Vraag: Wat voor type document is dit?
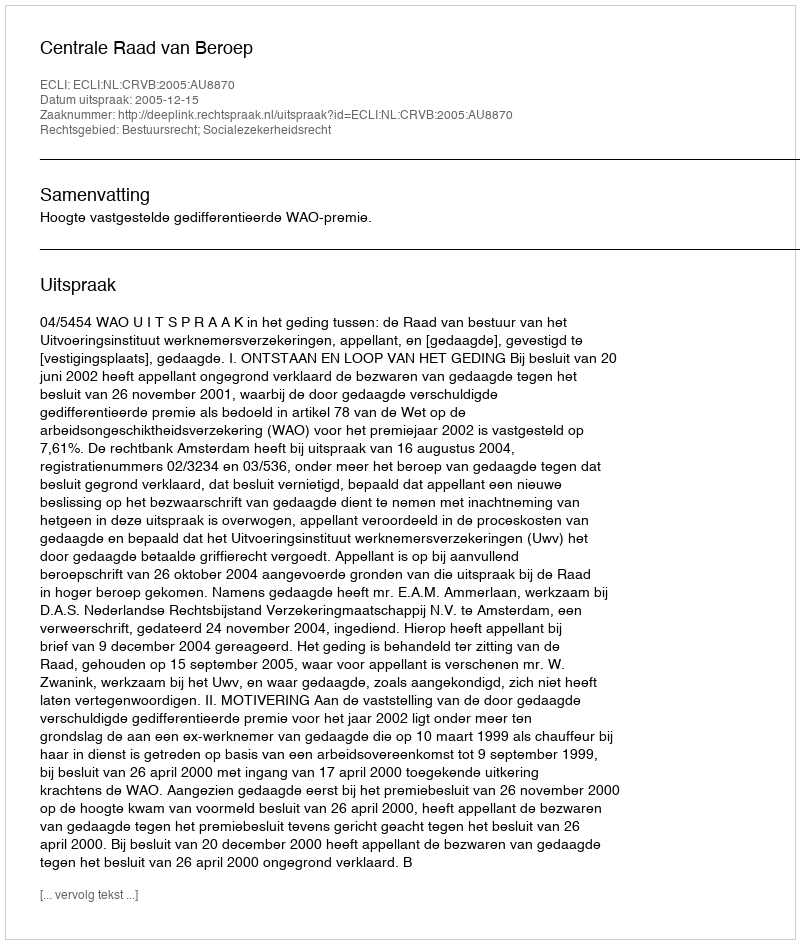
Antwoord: Uitspraak